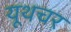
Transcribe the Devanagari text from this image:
यूथचर